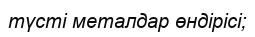
түсті металдар өндірісі;